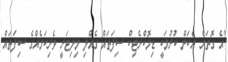
"އެ ގޮތަށް އެކަން ކުރުމަކީ ޑިމޮކްރެޓިކް ސިފަތައް ގެއްލި މިލިޓަރީ ވެރިކަމެއްގެ ސިފަތައް